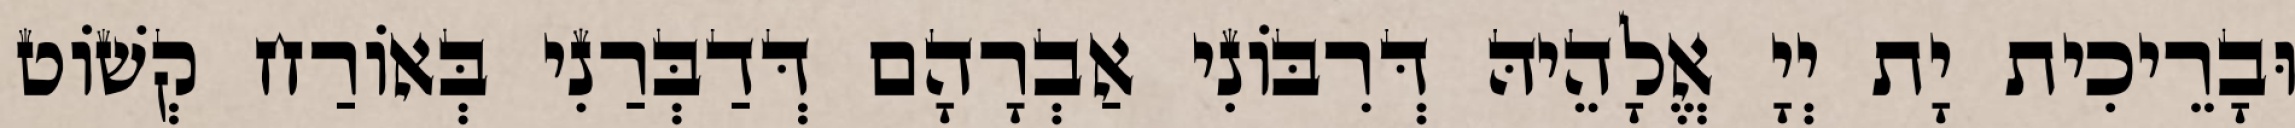
וּבָרֵיכִית יָת יְיָ אֱלָהֵיהּ דְּרִבּוֹנִי אַבְרָהָם דְּדַבְּרַנִי בְּאוֹרַח קְשׁוֹט